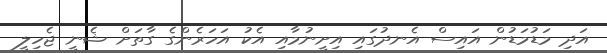
އަދި މަޑުމަޑުން އައިސް އެނދުގައި އިށީނުމާއި އެކު އަހަރެންގެ ގާތަށް ޝެނީ ޖެހިލީ